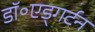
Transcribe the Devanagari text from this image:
डॉ॰एड्गर्टन